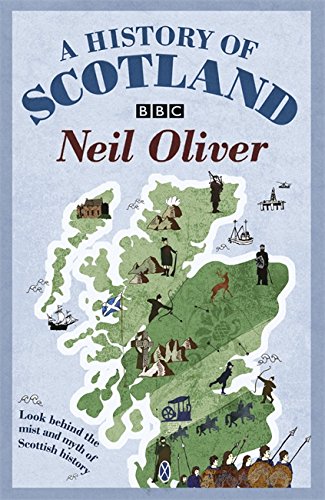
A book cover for A History of Scotland: Look Behind the Mist and Myth of Scottish History; Neil Oliver; History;